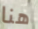
هنا